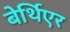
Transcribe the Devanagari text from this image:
बेर्थिएर